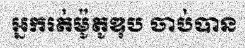
អ្នករត់ម៉ូតូឌុប ចាប់បាន